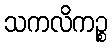
သကလိကဉ္စ